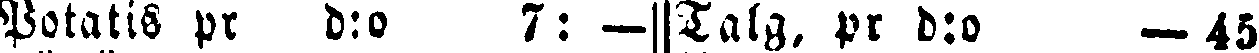
Potatis pr bro 7: — Talg. pr b:o —45